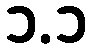
၁.၁